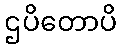
ဌပိတောပိ